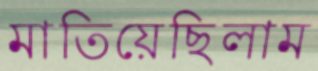
মাতিয়েছিলাম